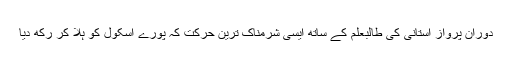
دوران پرواز استانی کی طالبعلم کے ساتھ ایسی شرمناک ترین حرکت کہ پورے اسکول کو ہلا کر رکھ دیا